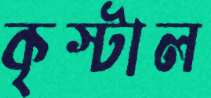
কৃস্টাল